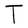
Character: T